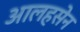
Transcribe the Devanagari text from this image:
आलहसेन